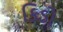
કિડો